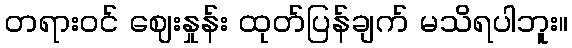
တရားဝင် ဈေးနှုန်း ထုတ်ပြန်ချက် မသိရပါဘူး။